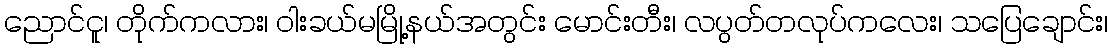
ညောင်ငူ၊ တိုက်ကလား၊ ဝါးခယ်မမြို့နယ်အတွင်း မောင်းတီး၊ လပွတ်တလုပ်ကလေး၊ သပြေချောင်း၊